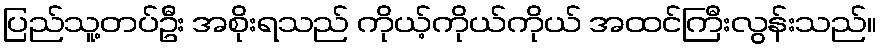
ပြည်သူ့တပ်ဦး အစိုးရသည် ကိုယ့်ကိုယ်ကိုယ် အထင်ကြီးလွန်းသည်။